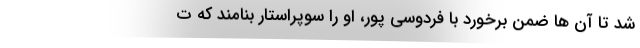
شد تا آن ها ضمن برخورد با فردوسی پور، او را سوپراستار بنامند که ت